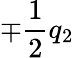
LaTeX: \mp\frac{1}{2}q_{2}